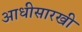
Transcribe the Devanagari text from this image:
आधीसारखी